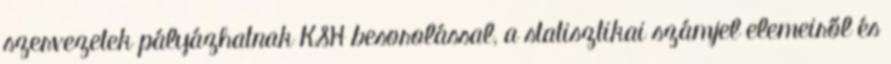
szervezetek pályázhatnak KSH besorolással, a statisztikai számjel elemeiről és